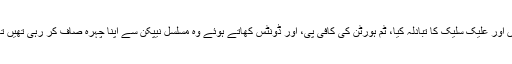
انہوں نے گورے سکیورٹی اسٹاف کے ساتھ مسکراہٹوں اور علیک سلیک کا تبادلہ کیا، ٹم ہورٹن کی کافی پی، اور ڈونٹس کھاتے ہوئے وہ مسلسل نیپکن سے اپنا چہرہ صاف کر رہی تھیں تاکہ ڈونٹس کے ذرات ان کے منہ پر لگے نہ رہ جائیں۔